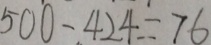
5 0 0 - 4 2 4 = 7 6